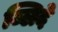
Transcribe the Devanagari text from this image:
ब्लिदे